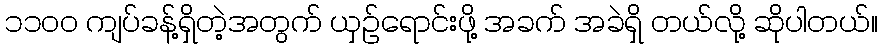
၁၁၀၀ ကျပ်ခန့်ရှိတဲ့အတွက် ယှဉ်ရောင်းဖို့ အခက် အခဲရှိ တယ်လို့ ဆိုပါတယ်။